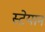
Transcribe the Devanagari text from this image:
स्टेयान